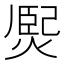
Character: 㷩